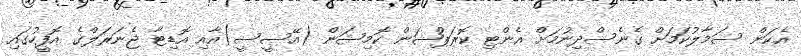
އެކަން ސަމާލުކަމަށް ގެނެސްދިނުމަށް އެންޓި ކޮރަޕްޝަން ކޮމިޝަން (އޭސީސީ)އާއި އޮޑިޓާ ޖެނަރަލްގެ އޮފީހުގައި